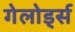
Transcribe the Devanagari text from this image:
गेलोर्ड्स